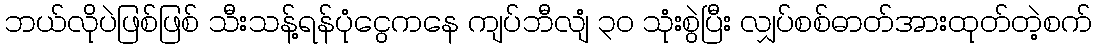
ဘယ်လိုပဲဖြစ်ဖြစ် သီးသန့်ရန်ပုံငွေကနေ ကျပ်ဘီလျံ ၃၀ သုံးစွဲပြီး လျှပ်စစ်ဓာတ်အားထုတ်တဲ့စက်